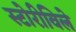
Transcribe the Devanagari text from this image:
स्टोरीविले